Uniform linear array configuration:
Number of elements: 16
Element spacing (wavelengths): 0.25
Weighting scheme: blackman
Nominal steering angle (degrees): -60
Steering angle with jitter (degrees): -58.175
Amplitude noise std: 0.05
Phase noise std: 0.05

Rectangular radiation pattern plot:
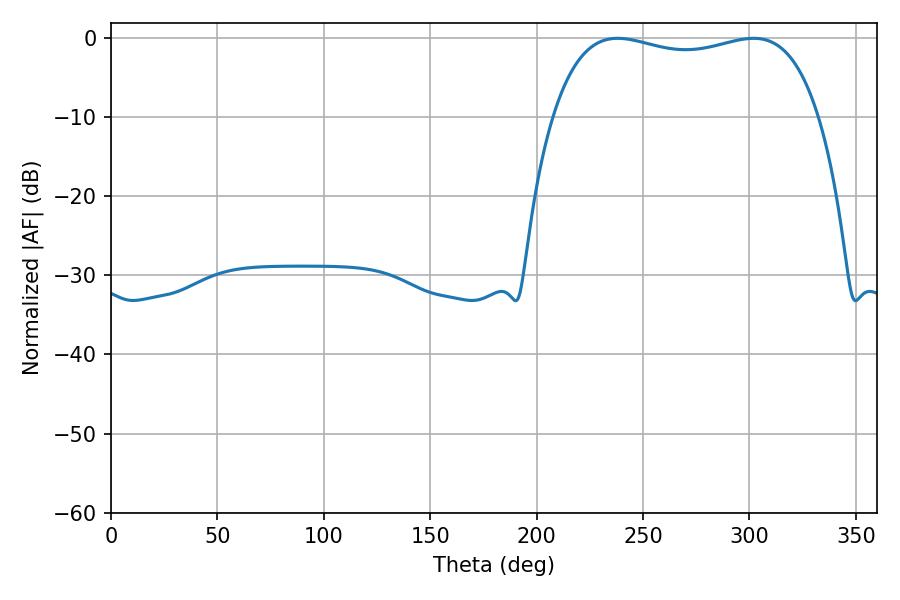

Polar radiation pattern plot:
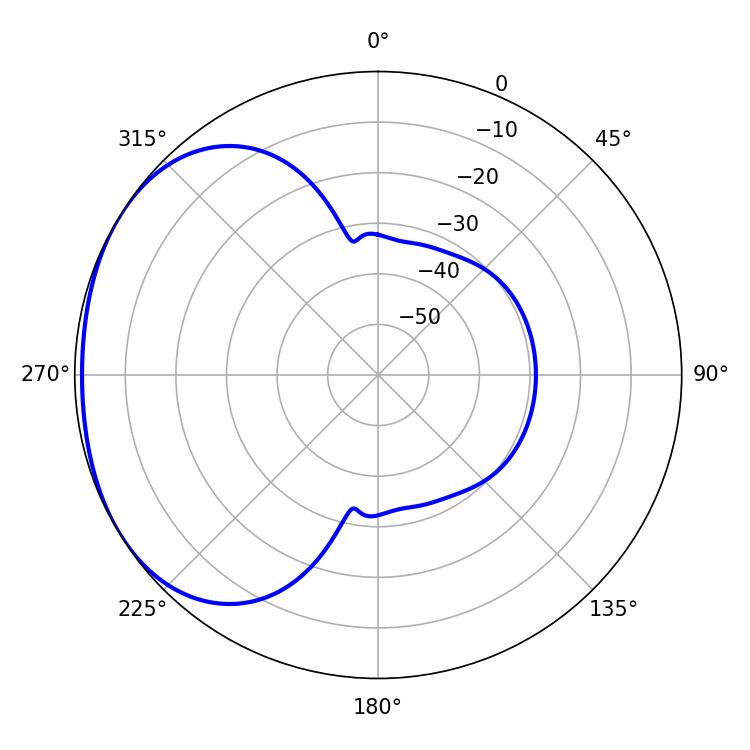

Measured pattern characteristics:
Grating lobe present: FALSE
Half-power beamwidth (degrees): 101.52
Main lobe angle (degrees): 238.14